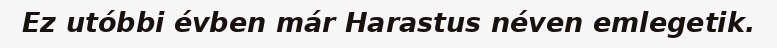
Ez utóbbi évben már Harastus néven emlegetik.